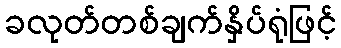
ခလုတ်တစ်ချက်နှိပ်ရုံဖြင့်